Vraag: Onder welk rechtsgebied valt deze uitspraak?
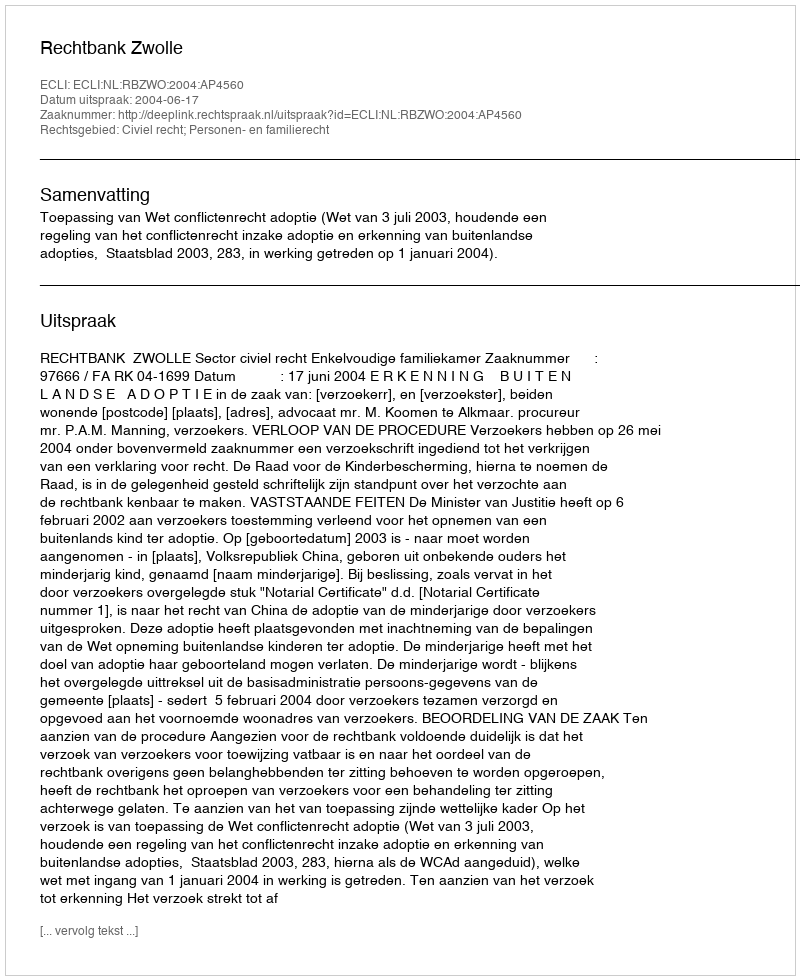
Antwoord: Civiel recht; Personen- en familierecht